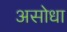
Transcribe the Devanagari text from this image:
असोधा